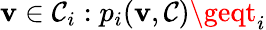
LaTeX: \mathbf{v}\in\mathcal{{C}}_{i}:p_{i}(\mathbf{v},\mathcal{{C}})\geqt_{i}